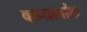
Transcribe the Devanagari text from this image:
वाच्यत्वांश